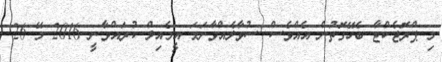
މި ޕްރޮޖެކްޓާ ބެހޭގޮތުން އެއްވެސް ސުވާލެއްވާނަމަ އީމެއިލް ކުރައްވާނީ 2016 މޭ 26